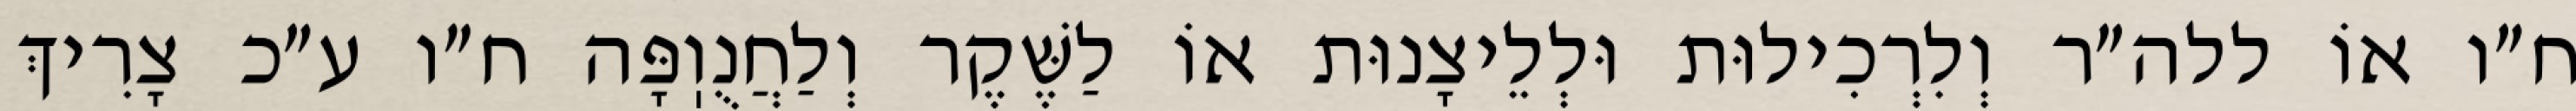
ח״ו אוֹ ללה״ר וְלִרְכִילוּת וּלְלֵיצָנוּת אוֹ לַשֶּׁקֶר וְלַחֲנֻוֽפָּה ח״ו ע״כ צָרִיךְ